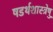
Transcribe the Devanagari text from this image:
षडर्थशास्त्रेषु